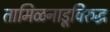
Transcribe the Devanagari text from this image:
तामिळनाडूविरुद्ध